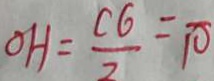
O H = \frac { C G } { 2 } = 1 0